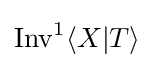
\mathrm {Inv} ^{1}\langle X|T\rangle